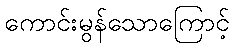
ကောင်းမွန်သောကြောင့်